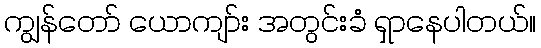
ကျွန်တော် ယောကျာ်း အတွင်းခံ ရှာနေပါတယ်။